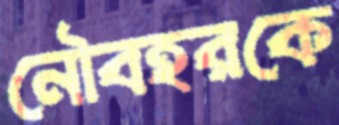
নৌবহরকে